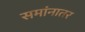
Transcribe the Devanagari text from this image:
समांनातर